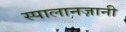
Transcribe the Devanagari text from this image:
स्पालानज़ानी